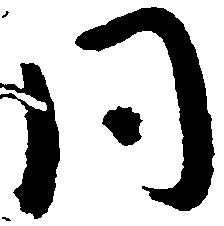
同